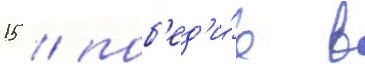
15 / поб'ед'и́в в